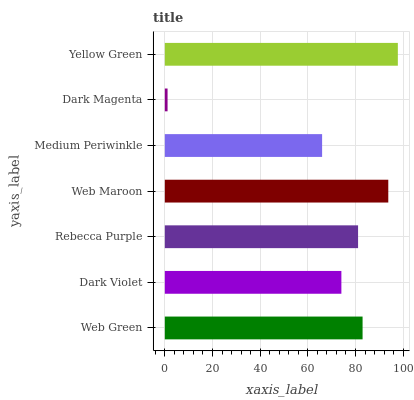
| yaxis_label | bars |
 | --- | --- |
 | Web Green | 83 |
 | Dark Violet | 74.1 |
 | Rebecca Purple | 81.1 |
 | Web Maroon | 93.8 |
 | Medium Periwinkle | 66 |
 | Dark Magenta | 1.15 |
 | Yellow Green | 97.8 |